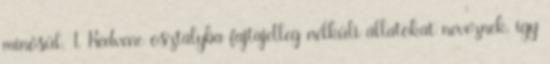
minősül. 1. Kedvenc osztályba fajtajelleg nélküli állatokat neveznek, így